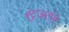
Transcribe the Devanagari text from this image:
स्टुअर्टने